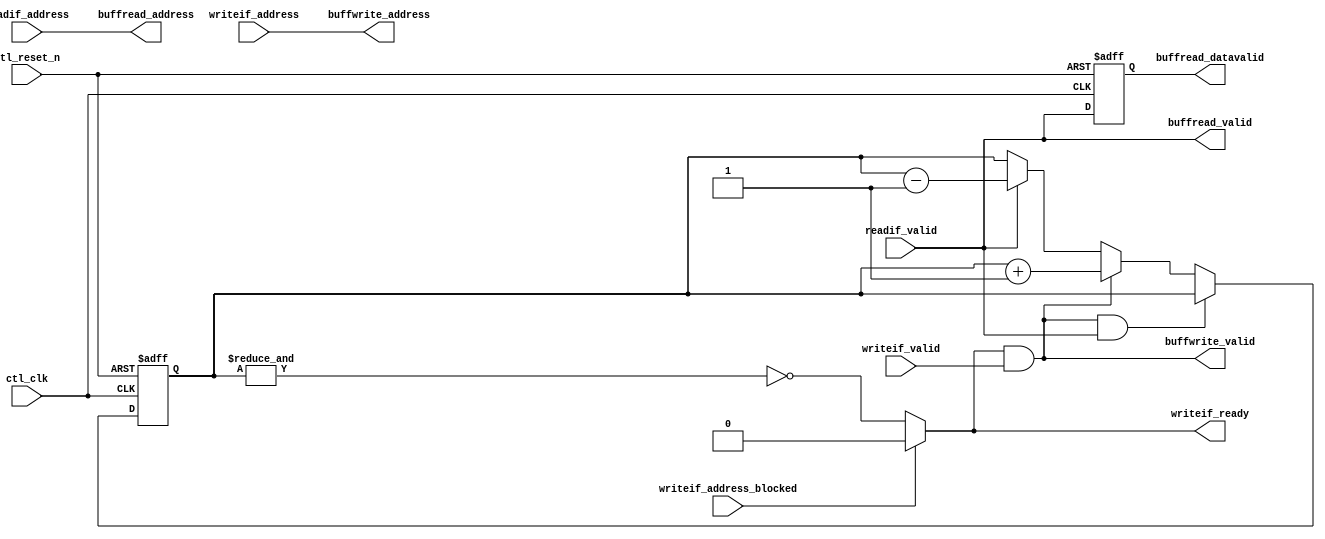
module alt_mem_ddrx_buffer_manager
# (
    parameter
        CFG_BUFFER_ADDR_WIDTH         =   6
)
(
    // port list
    ctl_clk,
    ctl_reset_n,

    // write interface
    writeif_ready,
    writeif_valid,
    writeif_address,
    writeif_address_blocked,

    // buffer write interface
    buffwrite_valid,
    buffwrite_address,

    // read interface
    readif_valid,
    readif_address,

    // buffer read interface
    buffread_valid,
    buffread_datavalid,
    buffread_address

);

    // -----------------------------
    // local parameter declarations
    // -----------------------------

    localparam CTL_BUFFER_DEPTH             =   two_pow_N(CFG_BUFFER_ADDR_WIDTH);

    // -----------------------------
    // port declaration
    // -----------------------------

    input                                           ctl_clk;
    input                                           ctl_reset_n;

    // write interface
    output                                          writeif_ready;
    input                                           writeif_valid;
    input  [CFG_BUFFER_ADDR_WIDTH-1:0]              writeif_address;
    input                                           writeif_address_blocked;

    // buffer write interface
    output                                          buffwrite_valid;
    output  [CFG_BUFFER_ADDR_WIDTH-1:0]             buffwrite_address;

    // read data interface
    input                                           readif_valid;
    input   [CFG_BUFFER_ADDR_WIDTH-1:0]             readif_address;

    // buffer read interface
    output                                          buffread_valid;
    output                                          buffread_datavalid;
    output  [CFG_BUFFER_ADDR_WIDTH-1:0]             buffread_address;

    // -----------------------------
    // port type declaration
    // -----------------------------

    wire                                            ctl_clk;
    wire                                            ctl_reset_n;
                                                                             
    // write interface                                                       
    reg                                             writeif_ready;
    wire                                            writeif_valid;
    wire     [CFG_BUFFER_ADDR_WIDTH-1:0]            writeif_address;
                                                                             
    wire                                            writeif_address_blocked;
                                                                             
    // buffer write interface                                                
    wire                                            buffwrite_valid;
    wire     [CFG_BUFFER_ADDR_WIDTH-1:0]            buffwrite_address;
                                                                             
    // read data interface                                                   
    wire                                            readif_valid;
    wire    [CFG_BUFFER_ADDR_WIDTH-1:0]             readif_address;
                                                                             
    // buffer read interface                                                 
    wire                                            buffread_valid;
    reg                                             buffread_datavalid;
    wire    [CFG_BUFFER_ADDR_WIDTH-1:0]             buffread_address;

    // -----------------------------
    // signal declaration
    // -----------------------------

    wire                                            writeif_accepted;
    reg     [CTL_BUFFER_DEPTH-1:0]                  mux_writeif_ready;
    reg     [CTL_BUFFER_DEPTH-1:0]                  buffer_valid_array;    
    reg     [CFG_BUFFER_ADDR_WIDTH-1:0]             buffer_valid_counter;
                                                                                       
    reg                                             err_buffer_valid_counter_overflow;

    // -----------------------------
    // module definition
    // -----------------------------

    assign  writeif_accepted    = writeif_ready & writeif_valid;

    assign  buffwrite_address   = writeif_address;
    assign  buffwrite_valid     = writeif_accepted;

    assign  buffread_address    = readif_address;
    assign  buffread_valid      = readif_valid;

    always @ (*) 
    begin

        if (writeif_address_blocked)
        begin
            // can't write ahead of lowest address currently tracked by dataid array
            writeif_ready = 1'b0;
        end
        else 
        begin
            // buffer is full when every location has been written
            writeif_ready = ~&buffer_valid_counter;
        end

    end


    // generate buffread_datavalid. 
    // data is valid one cycle after adddress is presented to the buffer
    always @ (posedge ctl_clk or negedge ctl_reset_n) 
    begin
        if (~ctl_reset_n)
        begin
            buffread_datavalid <= 0;
        end
        else
        begin
            buffread_datavalid <= buffread_valid;
        end
    end


    // genvar i;
    // generate
    //     for (i = 0; i < CTL_BUFFER_DEPTH; i = i + 1) 
    //     begin : gen_mux_buffer_valid_array_signals

    //         wire    [CFG_BUFFER_ADDR_WIDTH-1:0] gen_buffer_address = i;

    //         always @ (posedge ctl_clk or negedge ctl_reset_n) 
    //         begin
    //             if (~ctl_reset_n)
    //             begin
    //                 //reset state ...
    //                 buffer_valid_array [i] <= 0;
    //             end
    //             else
    //             begin
    //                 //active state ...

    //                 // write & read to same location won't happen on same time

    //                 // write
    //                 if ( (writeif_address == gen_buffer_address) & writeif_accepted)
    //                 begin
    //                     buffer_valid_array[i] <= 1;
    //                 end

    //                 // read
    //                 if ( (readif_address== gen_buffer_address) & readif_valid)
    //                 begin
    //                     buffer_valid_array[i] <= 0;
    //                 end

    //             end
    //         end

    //         always @ (*) 
    //         begin
    //             // mano - fmax !    
    //             if ( (writeif_address == gen_buffer_address) & buffer_valid_array[i] )
    //             begin
    //                 mux_writeif_ready[i]  = 0;
    //             end
    //             else
    //             begin
    //                 mux_writeif_ready[i]  = 1;
    //             end
    //         end

    //     end
    // endgenerate

    always @ (posedge ctl_clk or negedge ctl_reset_n) 
    begin
        if (~ctl_reset_n)
        begin
            buffer_valid_counter <= 0;
            err_buffer_valid_counter_overflow <= 0;
        end
        else
        begin

            if (writeif_accepted & readif_valid)
            begin
                // write & read at same time
                buffer_valid_counter <= buffer_valid_counter;
            end
            else if (writeif_accepted)
            begin
                // write only
                {err_buffer_valid_counter_overflow, buffer_valid_counter} <= buffer_valid_counter + 1;
            end
            else if (readif_valid)
            begin
                // read only
                buffer_valid_counter <= buffer_valid_counter - 1;
            end
            else
            begin
                buffer_valid_counter <= buffer_valid_counter;
            end


        end
    end



    function integer two_pow_N;
        input integer value;
    begin
        two_pow_N = 2 << (value-1);
    end
    endfunction



endmodule